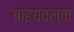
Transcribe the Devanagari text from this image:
बाह्यवल्क